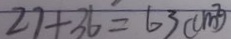
2 7 + 3 6 = 6 3 ( c m ^ { 2 } )